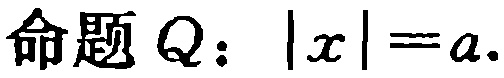
命题$Q:\ |x| = a$.